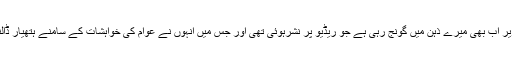
ایوب خان کی وہ تقریر اب بھی میرے ذہن میں گونج رہی ہے جو ریڈیو پر نشرہوئی تھی اور جس میں انہوں نے عوام کی خواہشات کے سامنے ہتھیار ڈالنے کا اعلان کیا تھا۔